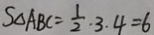
S _ { \Delta } A B C = \frac { 1 } { 2 } \cdot 3 . 4 = 6